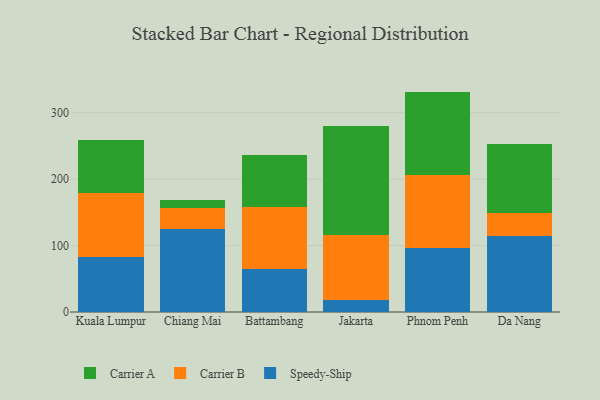
{"axis": {"x": "City", "y": "Conversion Rate (%)"}, "legend": ["Carrier A", "Carrier B", "Speedy-Ship"], "data": [{"x": "Kuala Lumpur", "y": 83.0, "type": "Speedy-Ship"}, {"x": "Kuala Lumpur", "y": 96.4, "type": "Carrier B"}, {"x": "Kuala Lumpur", "y": 79.8, "type": "Carrier A"}, {"x": "Chiang Mai", "y": 124.5, "type": "Speedy-Ship"}, {"x": "Chiang Mai", "y": 31.4, "type": "Carrier B"}, {"x": "Chiang Mai", "y": 13.4, "type": "Carrier A"}, {"x": "Battambang", "y": 64.1, "type": "Speedy-Ship"}, {"x": "Battambang", "y": 94.0, "type": "Carrier B"}, {"x": "Battambang", "y": 78.7, "type": "Carrier A"}, {"x": "Jakarta", "y": 18.8, "type": "Speedy-Ship"}, {"x": "Jakarta", "y": 97.4, "type": "Carrier B"}, {"x": "Jakarta", "y": 163.5, "type": "Carrier A"}, {"x": "Phnom Penh", "y": 96.3, "type": "Speedy-Ship"}, {"x": "Phnom Penh", "y": 109.8, "type": "Carrier B"}, {"x": "Phnom Penh", "y": 125.8, "type": "Carrier A"}, {"x": "Da Nang", "y": 114.2, "type": "Speedy-Ship"}, {"x": "Da Nang", "y": 34.6, "type": "Carrier B"}, {"x": "Da Nang", "y": 103.6, "type": "Carrier A"}]}